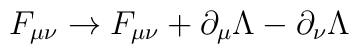
F_{\mu\nu} \rightarrow F_{\mu\nu} +\partial_\mu \Lambda-\partial_\nu \Lambda \quad